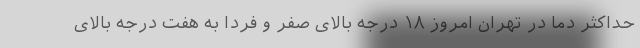
حداکثر دما در تهران امروز ۱۸ درجه بالای صفر و فردا به هفت درجه بالای